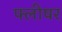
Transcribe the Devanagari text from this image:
फ्लीषर